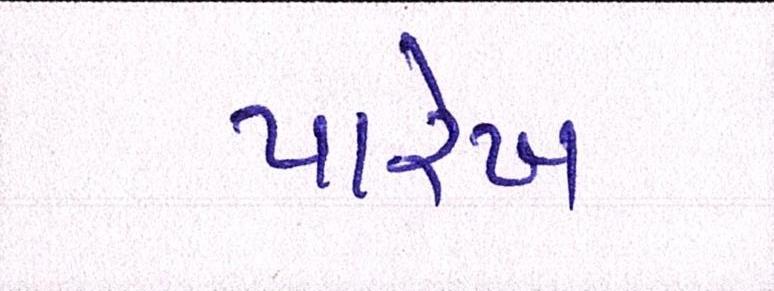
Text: પારેખ